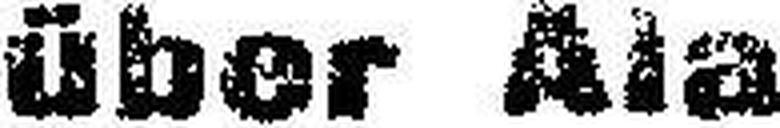
über Ala